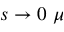
s \rightarrow 0 ~ \mu